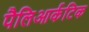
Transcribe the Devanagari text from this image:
पैलिआर्कटिक